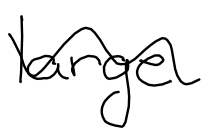
Text: large
Cross-out: wave
Writing tool: digital_black